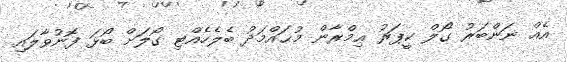
އެއް ނަންބަރު ގޯލް ކީޕަރު ޢިމްރާން މުޙައްމަދު ބެލެހެއްޓި ގޯލަށް ބޯޅަ ފޮނުވާލައި